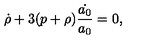
\dot { \rho } + 3 ( p + \rho ) \frac { \dot { a _ { 0 } } } { a _ { 0 } } = 0 ,